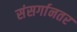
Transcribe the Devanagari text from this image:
संसर्गानतर